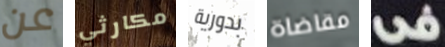
عن مكارثي بدورية مقاضاة فى